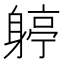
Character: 𨉬